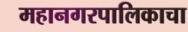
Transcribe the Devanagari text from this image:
महानगरपालिकाचा